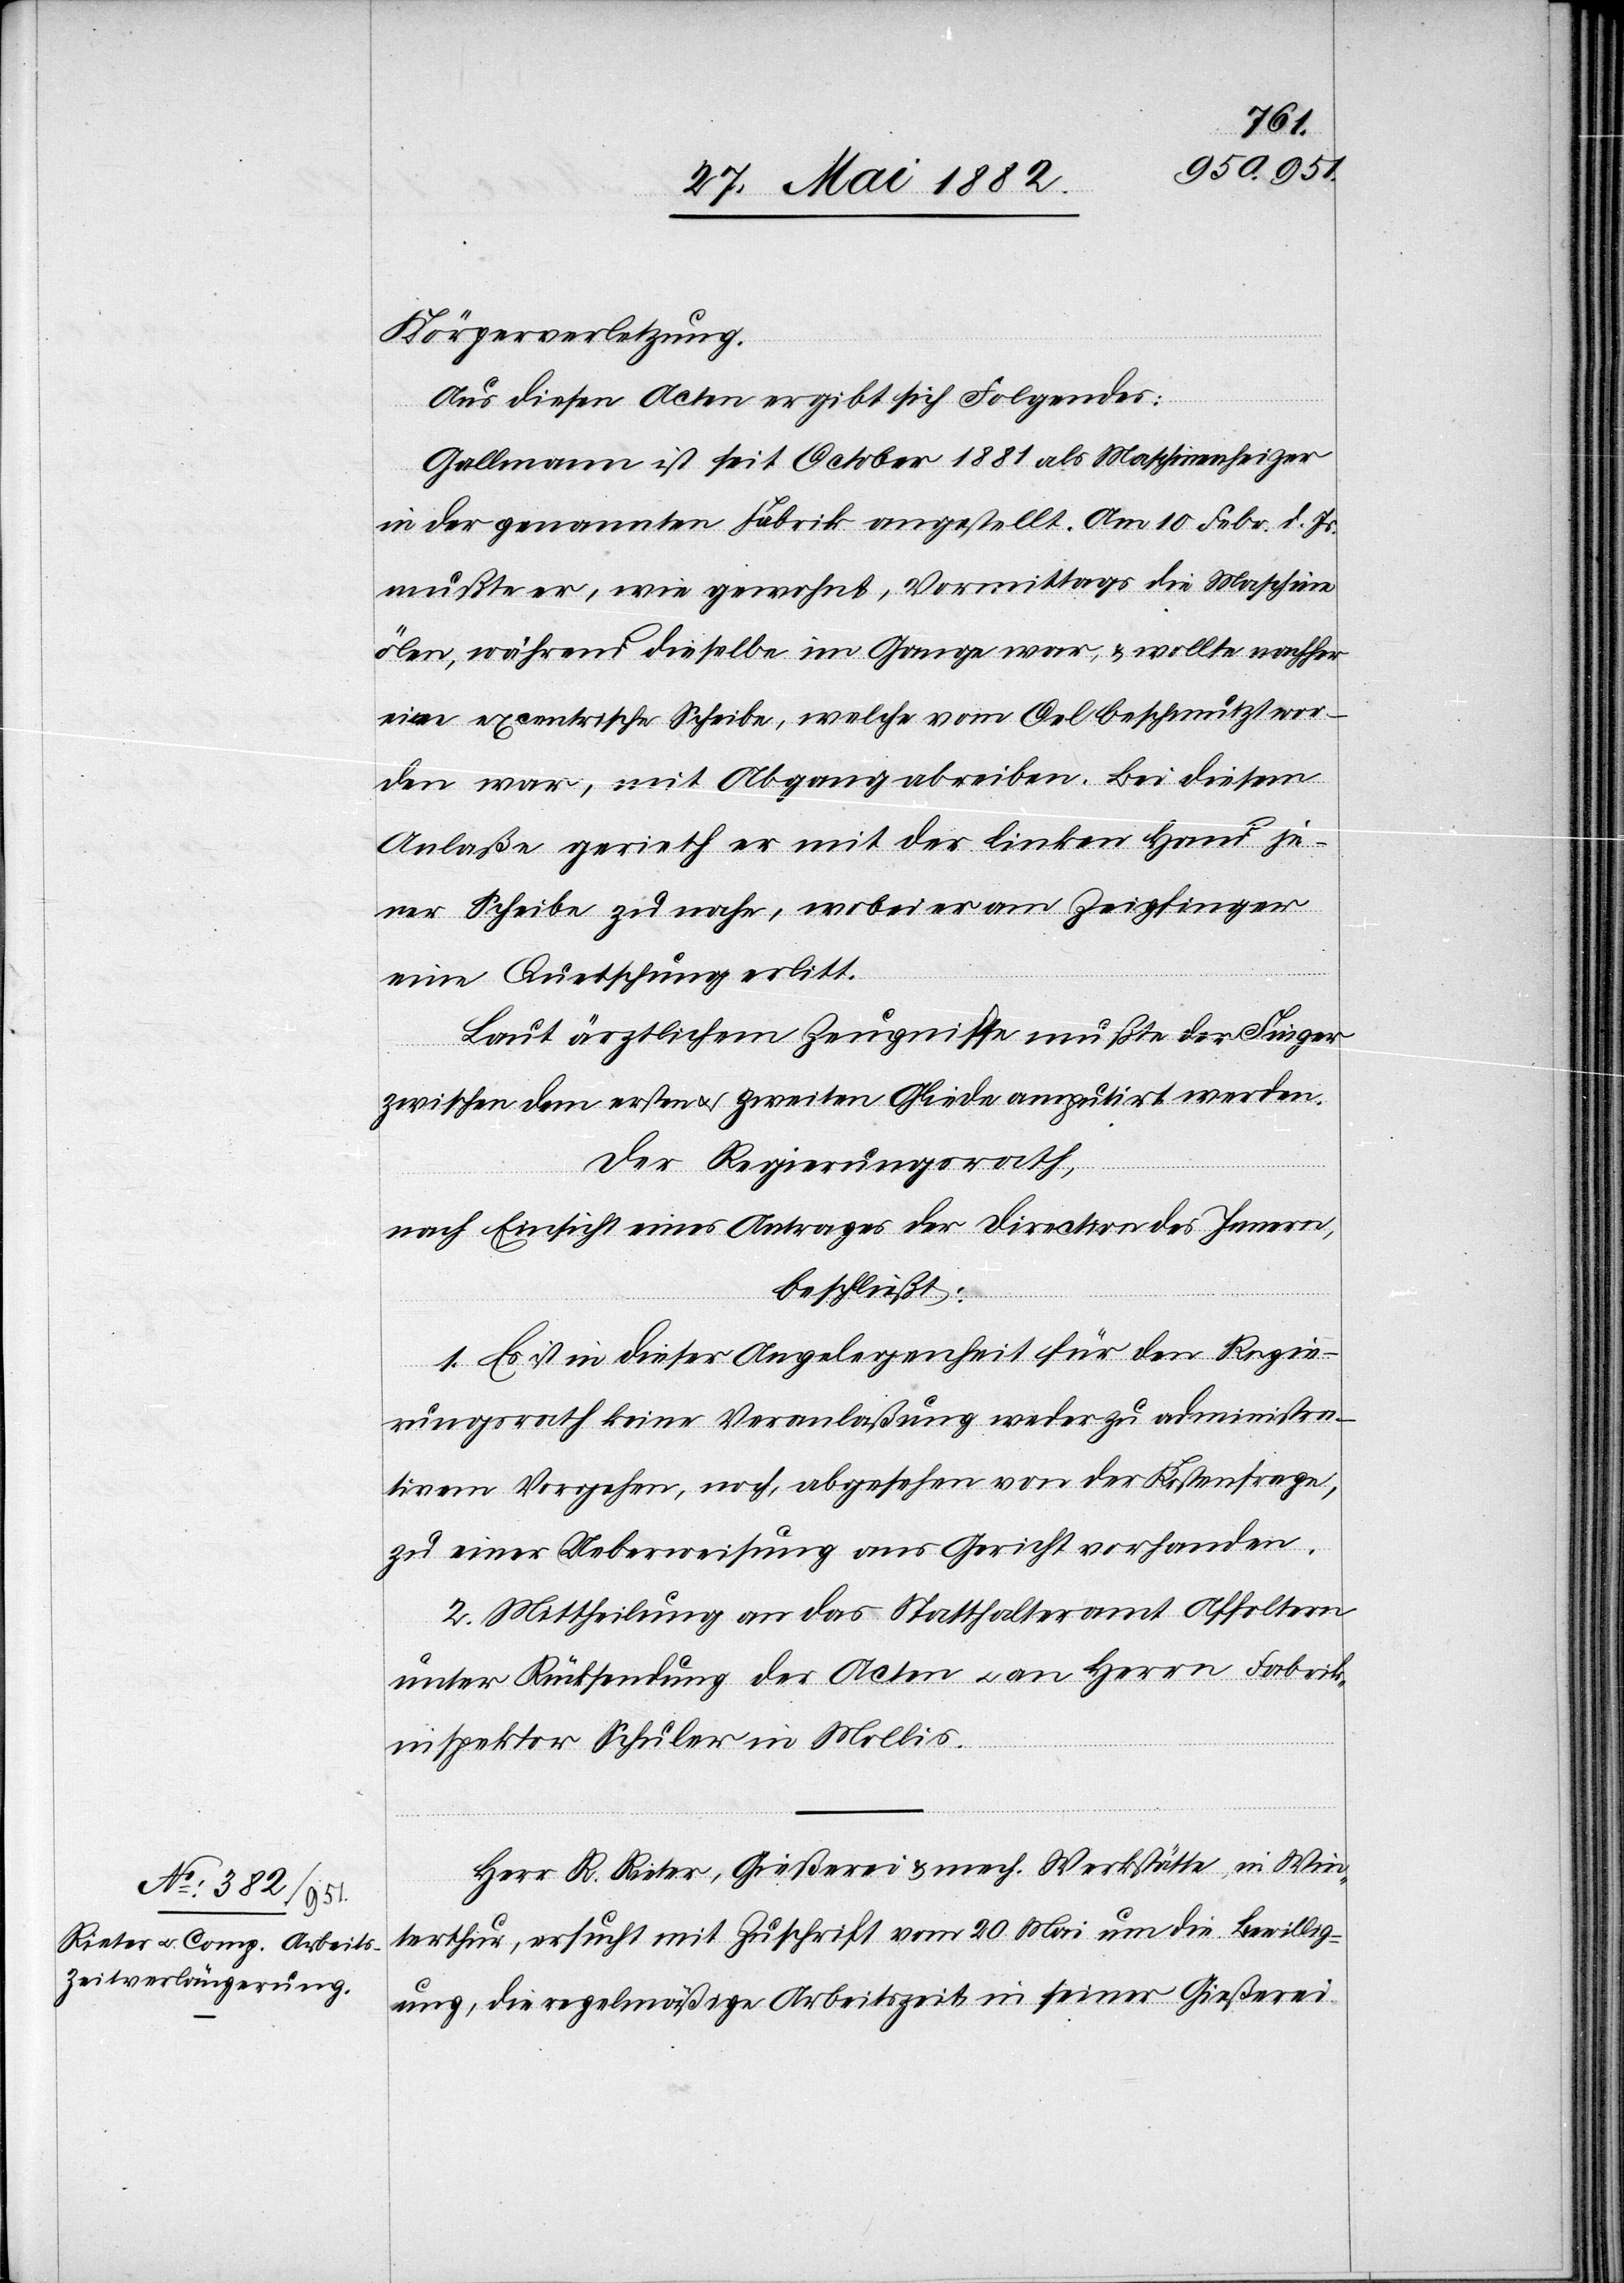
Körperverletzung.
Aus diesen Acten ergibt sich Folgendes:
Gallmann ist seit October 1881 als Maschinenheizer
in der genannten Fabrik angestellt. Am 10. Febr. d. Js.
mußte er, wie gewohnt, Vormittags die Maschine
ölen, während dieselbe im Gange war, & wollte nachher
eine excentrische Scheibe, welche vom Oel beschmutzt wor¬
den war, mit Abgang abreiben. Bei diesem
Anlaße gerieth er mit der linken Hand je¬
ner Scheibe zu nahe, wobei er am Zeigfinger
eine Quetschung erlitt.
Laut ärztlichem Zeugnisse mußte der Finger
zwischen dem ersten u. zweiten Gliede amputirt werden.
Der Regierungsrath,
nach Einsicht eines Antrages der Direction des Innern,
beschließt:
1. Es ist in dieser Angelegenheit für den Regie¬
rungsrath keine Veranlaßung weder zu administra¬
tivem Vorgehen, noch, abgesehen von der Kostenfrage,
zu einer Ueberweisung ans Gericht vorhanden.
2. Mittheilung an das Statthalteramt Affoltern
unter Rücksendung der Acten u. an Herrn Fabrik¬
inspektor Schuler in Mollis.
Herr R. Rieter, Gießerei & mech. Werkstätte, in Win¬
terthur, ersucht mit Zuschrift vom 20. Mai um die Bewillig¬
ung, die regelmäßige Arbeitszeit in seiner Gießerei